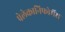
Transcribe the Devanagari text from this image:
पेलेकानिफोर्मेस